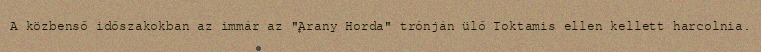
A közbenső időszakokban az immár az "Arany Horda" trónján ülő Toktamis ellen kellett harcolnia.